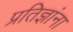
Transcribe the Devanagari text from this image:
प्रतिज्ञांना